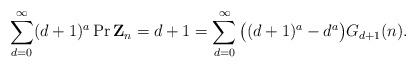
LaTeX: \begin{align*}\sum_{d=0}^\infty (d+1)^a\Pr{\mathbf{Z}_n= d+1}=\sum_{d=0}^\infty \big((d+1)^a-d^a\big)G_{d+1}(n).\end{align*}